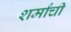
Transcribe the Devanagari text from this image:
शर्मांची